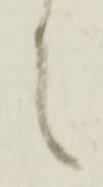
候